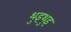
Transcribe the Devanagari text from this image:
थुइथुइ